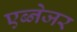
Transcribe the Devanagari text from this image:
एब्नेजर